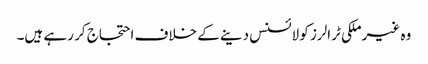
وہ غیرملکی ٹرالرز کو لائسنس دینے کے خلاف احتجاج کر رہے ہیں۔